Indian journal of veterinary science and animal husbandry - Volume 11,
Year: 1941
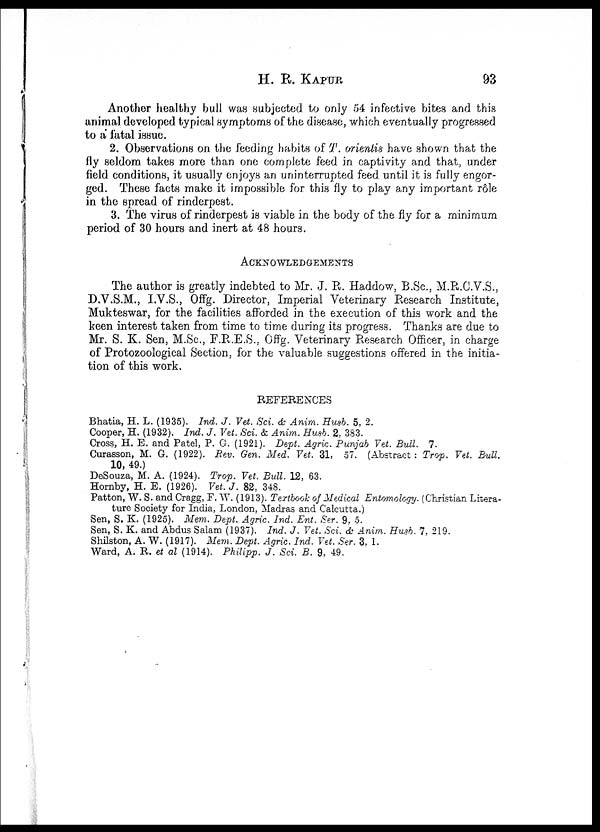
H. R.
KAPUR
93
Another healthy bull was subjected to only 54 infective bites and this
animal developed typical symptoms of the disease, which eventually progressed
to a fatal issue.
2. Observations on the feeding habits of T. orientis have shown that the
fly seldom takes more than one complete feed in captivity and that, under
field conditions, it usually enjoys an uninterrupted feed until it is fully engor-
ged. These facts make it impossible for this fly to play any important rôle
in the spread of rinderpest.
3. The virus of rinderpest is viable in the body of the fly for a minimum
period of 30 hours and inert at 48 hours.
ACKNOWLEDGMENTS
The author is greatly indebted to Mr. J. R. Haddow, B.Sc., M.R.C.V.S.,
D.V.S.M., I.V.S., Offg. Director, Imperial Veterinary Research Institute,
Mukteswar, for the facilities afforded in the execution of this work and the
keen interest taken from time to time during its progress. Thanks are due to
Mr. S. K. Sen, M.Sc., F.R.E.S., Offg. Veterinary Research Officer, in charge
of Protozoological Section, for the valuable suggestions offered in the initia-
tion of this work.
REFERENCES
Bhatia, H. L. (1935). Ind. J. Vet. Sci. & Anim. Husb. 5, 2.
Cooper, H. (1932). Ind. J. Vet. Sci. & Anim. Husb. 2, 383.
Cross, H. E. and Patel, P. G. (1921). Dept. Agric. Punjab Vet. Bull. 7.
Curasson, M. G. (1922). Rev. Gen. Med. Vet. 31, 57. (Abstract: Trop. Vet. Bull.
10, 49.)
DeSouza, M. A. (1924). Trop. Vet. Bull. 12, 63.
Hornby, H. E. (1926). Vet. J. 82, 348.
Patton, W. S. and Cragg, F. W. (1913). Textbook of Medical Entomology. (Christian Litera-
ture Society for India, London, Madras and Calcutta.)
Sen, S. K. (1925). Mem. Dept. Agric. Ind. Ent. Ser. 9, 5.
Sen, S. K. and Abdus Salam (1937). Ind. J. Vet. Sci. & Anim. Husb. 7, 219.
Shilston, A. W. (1917). Mem. Dept. Agric. Ind. Vet. Ser. 3, 1.
Ward, A. R. et al (1914). Philipp. J. Sci. B. 9, 49.